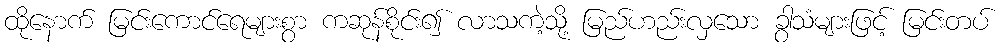
ထိုနောက် မြင်းကောင်ရေများစွာ ကဆုန်စိုင်း၍ လာသကဲ့သို့ မြည်ဟည်းလှသော ခွာသံများဖြင့် မြင်းတပ်